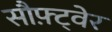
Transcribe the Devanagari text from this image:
सौफ़्ट्वेर